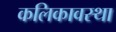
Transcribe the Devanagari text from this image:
कलिकावस्था